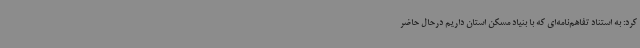
کرد: به استناد تفاهم‌نامه‌ای که با بنیاد مسکن استان داریم درحال حاضر